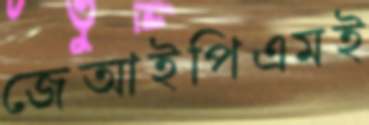
জেআইপিএমই